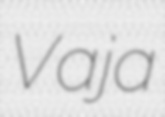
Vaja